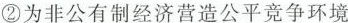
②为非公有制经济营造公平竞争环境